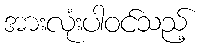
အားလုံးပါဝင်သည့်